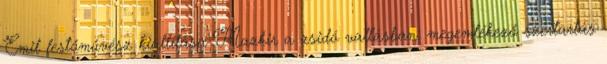
Emil festőművész kiállítása Mazkir a zsidó vallásban: megemlékező szertartás